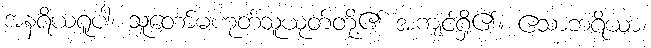
အနရိယရူပါ၊ သူတော်မဟုတ်သူယုတ်တို့၏ အကျင့်ရှိ၏။ ဧသာဘရိယာ၊